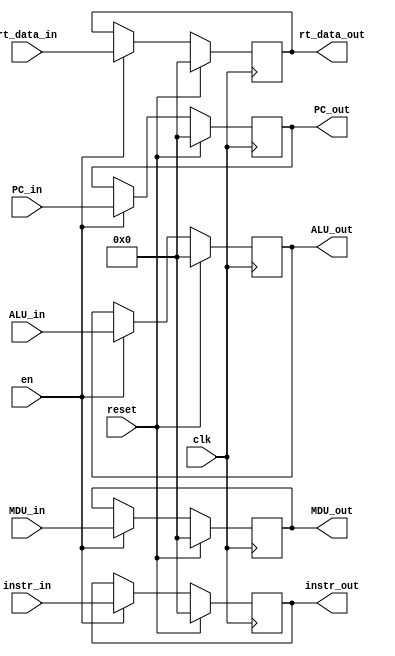
module M_REG (
    input clk,
    input reset,
    input en,
    
    input [31:0] instr_in,
    input [31:0] PC_in,
    input [31:0] rt_data_in,
    input [31:0] ALU_in,
    input [31:0] MDU_in,

    output reg [31:0] instr_out,
    output reg [31:0] PC_out,
    output reg [31:0] rt_data_out,
    output reg [31:0] ALU_out,
    output reg [31:0] MDU_out
);
    always @(posedge clk) begin
        if(reset) begin
            instr_out <= 0;
            PC_out <= 0;
            rt_data_out <= 0;
            ALU_out <= 0;
            MDU_out <= 0;
        end 
        else if(en) begin
            instr_out <= instr_in;
            PC_out <= PC_in;
            rt_data_out <= rt_data_in;
            ALU_out <= ALU_in;
            MDU_out <= MDU_in;
        end
        else begin
            instr_out <= instr_out;
            PC_out <= PC_out;
            rt_data_out <= rt_data_out;
            ALU_out <= ALU_out;
            MDU_out <= MDU_out;
        end
    end
    
endmodule